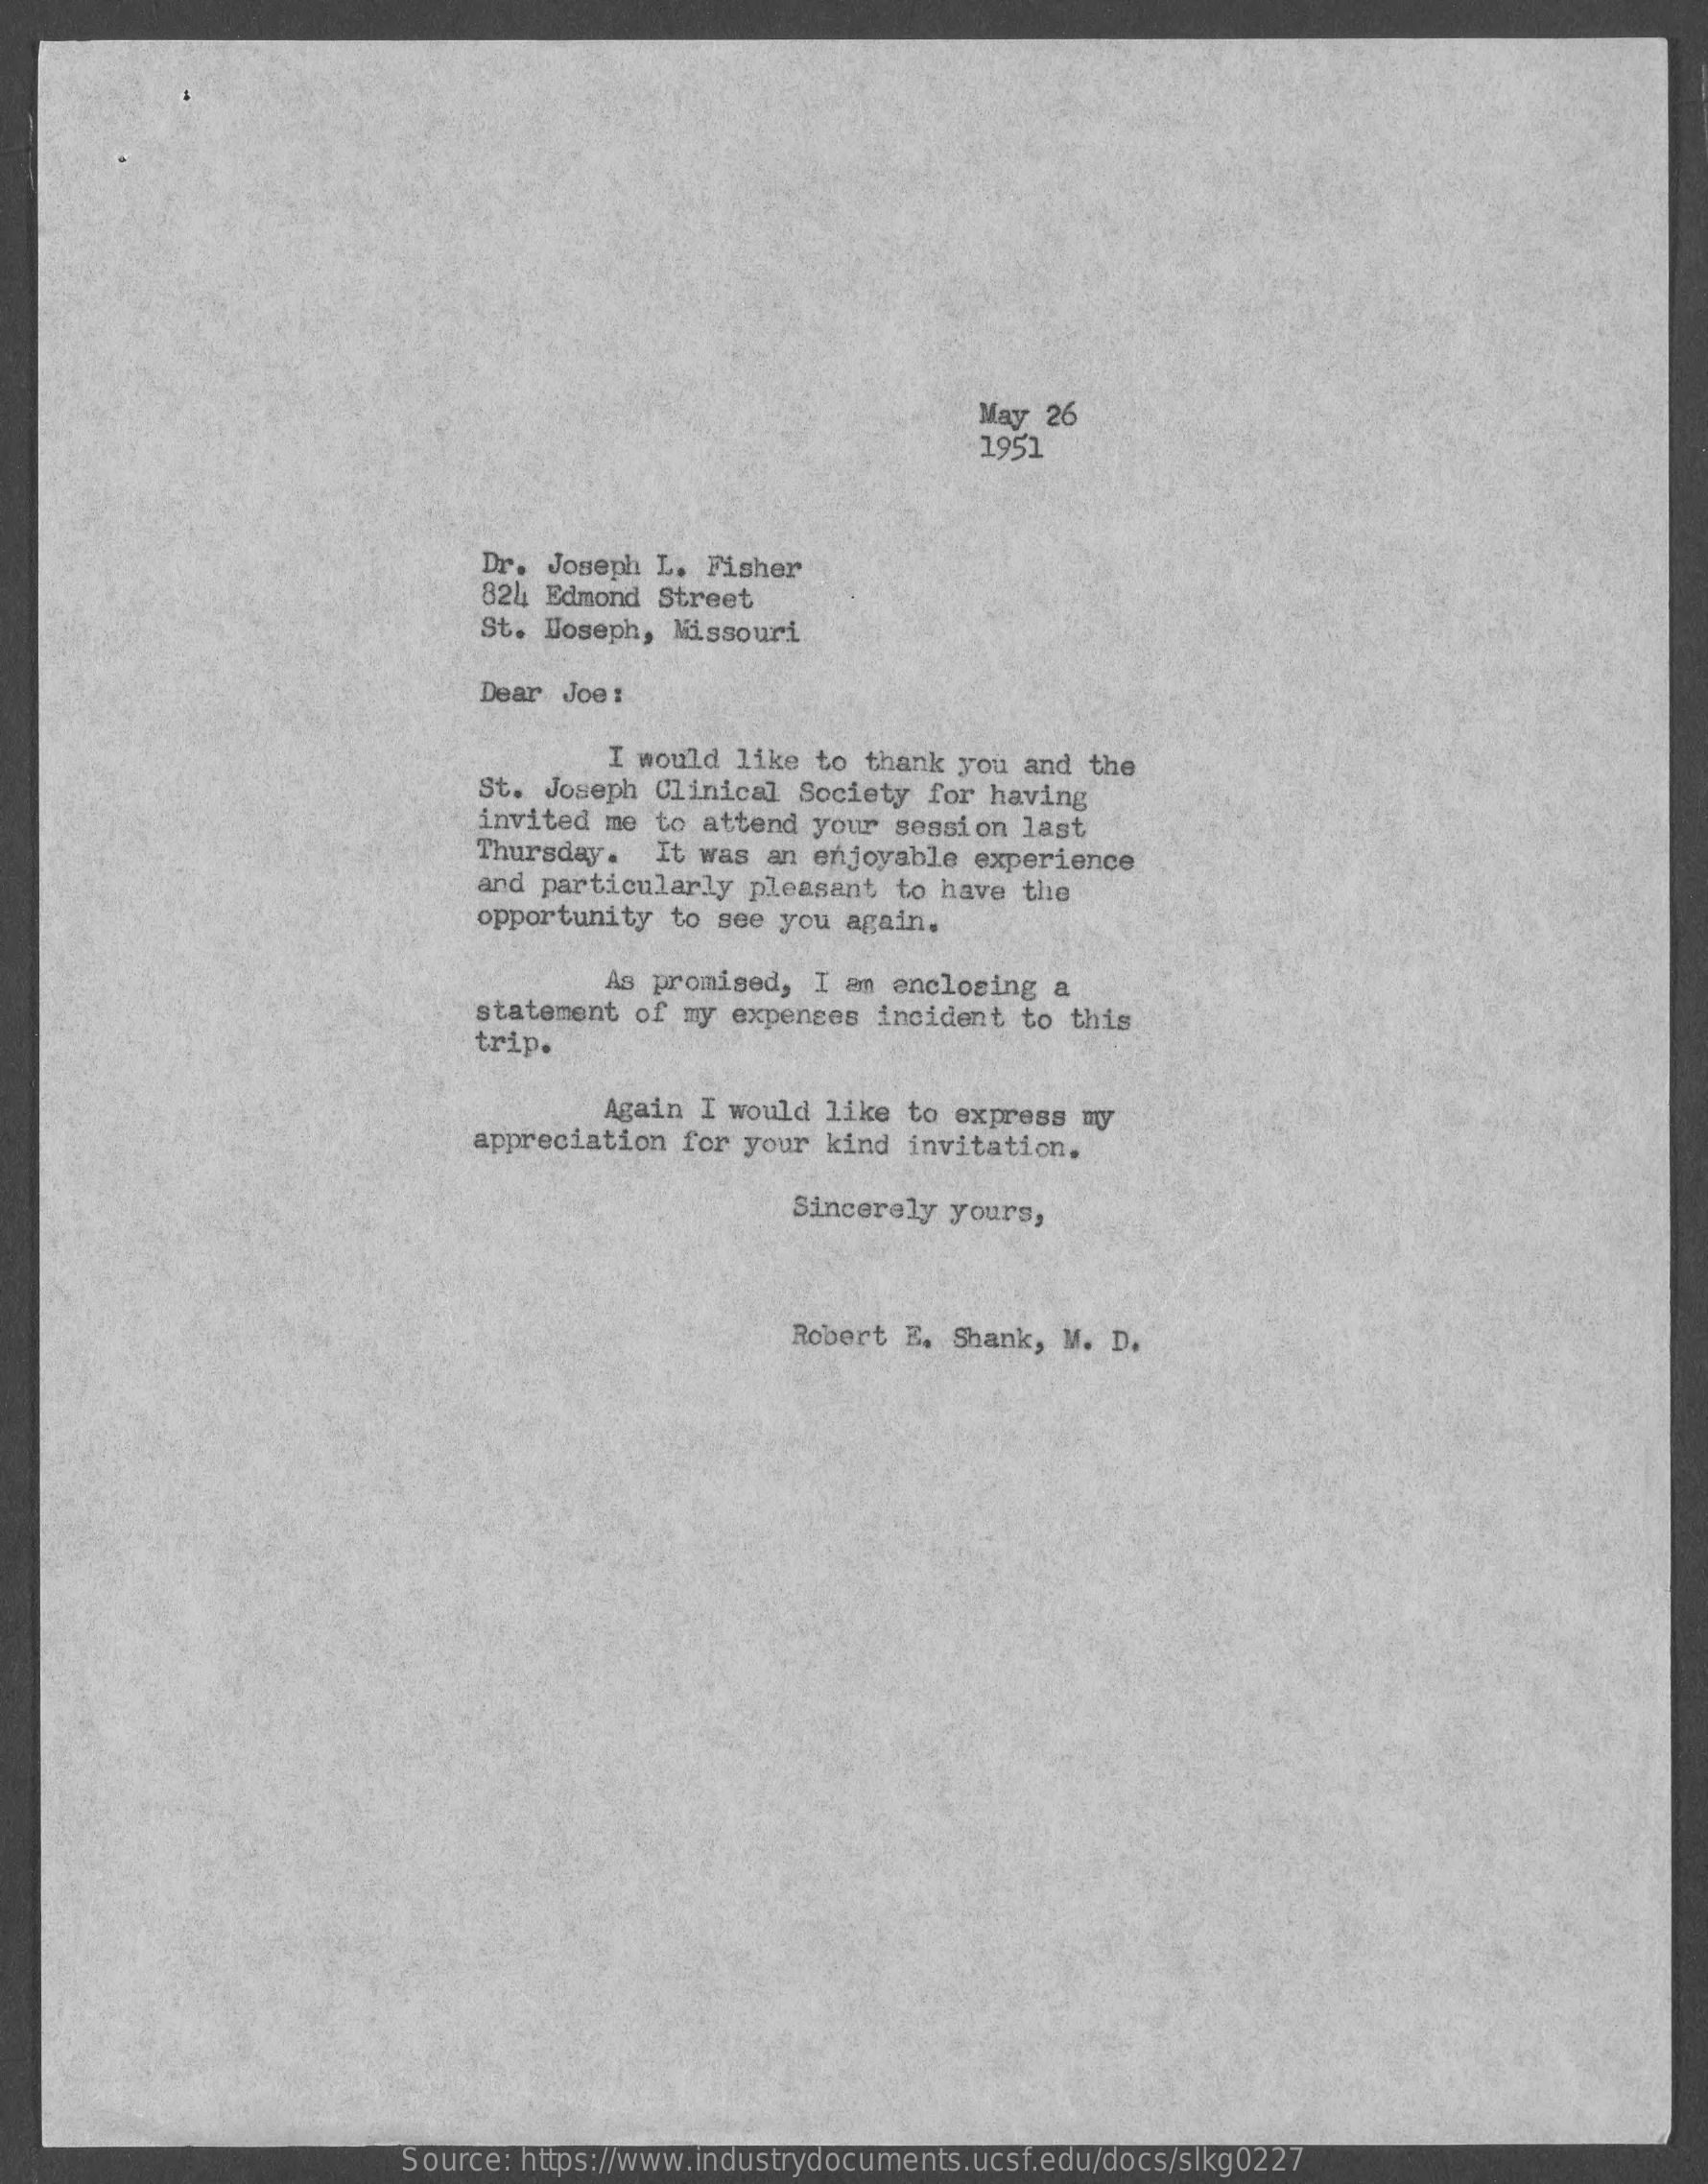
May  26
     1951
     Dr. Joseph L. Fisher
     824 Edmond Street
     St. Joseph, Missouri
     Dear Joe :
     I would like to  thank you and the
     St. Joseph Clinical Society  for having
     invited me to attend your  session last
     Thursday.   It was an enjoyable  experience
     and particularly pleasant  to have the
     opportunity to see you again.
     As promised, I am enclosing  a
     statement  of my expenses incident  to this
     trip.
     Again I would like to  express my
     appreciation  for your kind invitation.
     Sincerely yours,
     Robert E. Shank, M.  D.
     Source: https://www.industrydocuments.ucsf.edu/docs/slkg0227